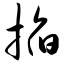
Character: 掐